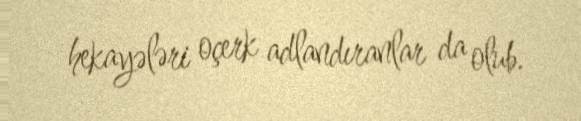
hekayələri oçerk adlandıranlar da olub.